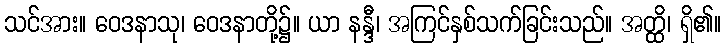
သင်အား။ ဝေဒနာသု၊ ဝေဒနာတို့၌။ ယာ နန္ဒီ၊ အကြင်နှစ်သက်ခြင်းသည်။ အတ္ထိ၊ ရှိ၏။